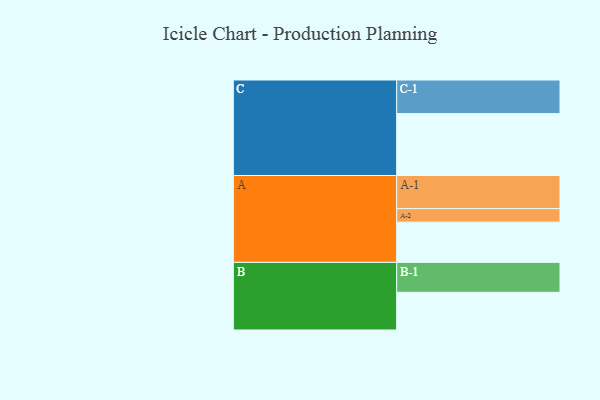
{"axis": {"x": "Segment", "y": "Value"}, "legend": ["", "A", "B", "C"], "data": [{"x": "A", "y": 345, "type": ""}, {"x": "B", "y": 323, "type": ""}, {"x": "C", "y": 531, "type": ""}, {"x": "A-1", "y": 284, "type": "A"}, {"x": "A-2", "y": 116, "type": "A"}, {"x": "B-1", "y": 257, "type": "B"}, {"x": "C-1", "y": 288, "type": "C"}]}